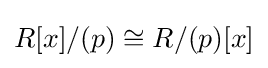
R[x]/(p)\cong R/(p)[x]